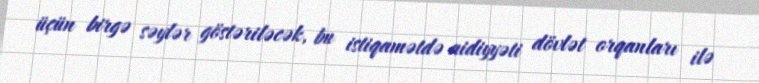
üçün birgə səylər göstəriləcək, bu istiqamətdə aidiyyəti dövlət orqanları ilə